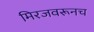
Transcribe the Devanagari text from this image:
मिरजवरूनच